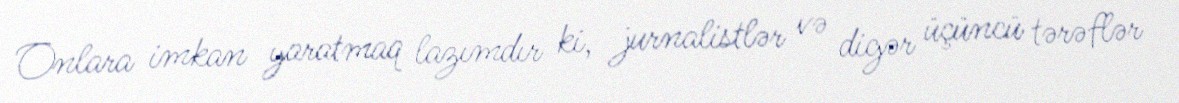
Onlara imkan yaratmaq lazımdır ki, jurnalistlər və digər üçüncü tərəflər